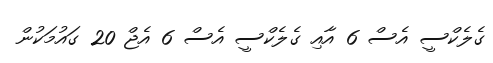
ގެލެކްސީ އެސް 6 އާއި ގެލެކްސީ އެސް 6 އެޖް 20 ގައުމަކުން